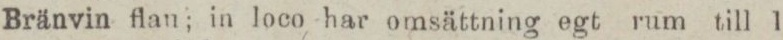
Bränvin flan; in loco har omsättning egt rum till 1